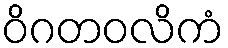
ဝိဂတဝလိကံ